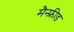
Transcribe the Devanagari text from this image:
मैन्फ्रीड